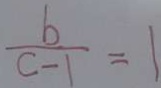
\frac { b } { c - 1 } = 1